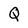
Character: Q